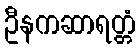
ဦနကဆာရတ္တံ